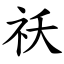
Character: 祅